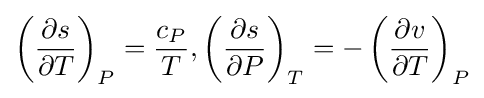
\left({{\partial s} \over {\partial T}}\right)_{P}={{c_{P}} \over T},\left({{\partial s} \over {\partial P}}\right)_{T}=-\left({{\partial v} \over {\partial T}}\right)_{P}